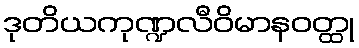
ဒုတိယကုဏ္ဍလီဝိမာနဝတ္ထု